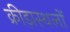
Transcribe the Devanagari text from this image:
क्रीड़ास्थलों